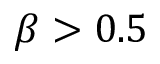
\beta > 0 . 5